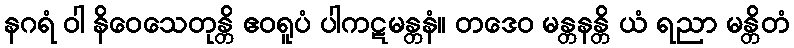
နဂရံ ဝါ နိဝေသေတုန္တိ ဧဝရူပံ ပါကဋမန္တနံ။ တဒေဝ မန္တနန္တိ ယံ ရညာ မန္တိတံ